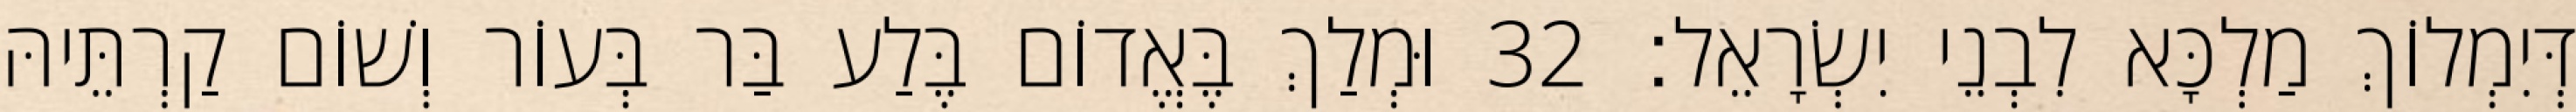
דְּיִמְלוֹךְ מַלְכָּא לִבְנֵי יִשְׂרָאֵל׃ 32 וּמְלַךְ בֶּאֱדוֹם בֶּלַע בַּר בְּעוֹר וְשׁוֹם קַרְתֵּיהּ